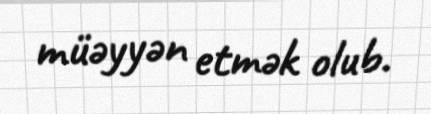
müəyyən etmək olub.